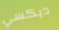
ديكسي